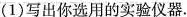
(1)写出你选用的实验仪器。